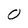
Character: 0